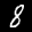
Label: 8